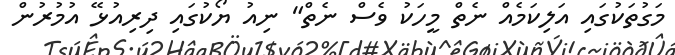
މަގުތަކުގައި އަލިކަމެއް ނެތް މީހަކު ވެސް ނެތް" ނިއު ޔޯކުގައި ދިރިއުޅޭ އުމުރުން